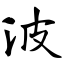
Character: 波